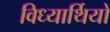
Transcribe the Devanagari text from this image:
विध्यार्थियों